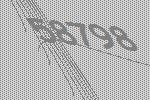
58798